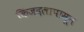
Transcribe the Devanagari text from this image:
किंजदलापासून